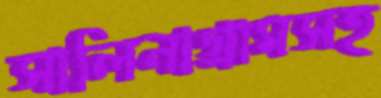
সালিনাগ্রামসহ